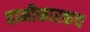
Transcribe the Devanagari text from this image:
हानीकारकच